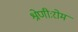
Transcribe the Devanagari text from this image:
श्रेणीःरोम